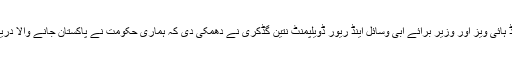
بھارتی وزیر برائے روڈ ٹرانسپورٹ اینڈ ہائی ویز اور وزیر برائے آبی وسائل اینڈ ریور ڈویلپمنٹ نتین گڈکری نے دھمکی دی کہ ہماری حکومت نے پاکستان جانے والا دریاؤں کا پانی روکنے کا فیصلہ کرلیا ہے۔